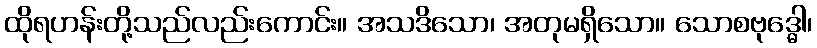
ထိုရဟန်းတို့သည်လည်းကောင်း။ အသဒိသော၊ အတုမရှိသော။ သောစဗုဒ္ဓေါ၊